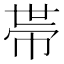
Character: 𢃄